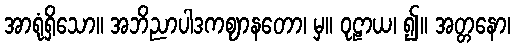
အာရုံရှိသော။ အဘိညာပါဒကဈာနတော၊ မှ။ ဝုဠာယ၊ ၍။ အတ္တနော၊